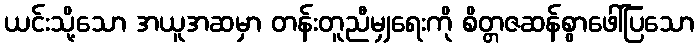
ယင်းသို့သော အယူအဆမှာ တန်းတူညီမျှရေးကို စိတ္တဇဆန်စွာဖေါ်ပြသော